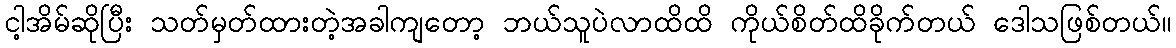
ငါ့အိမ်ဆိုပြီး သတ်မှတ်ထားတဲ့အခါကျတော့ ဘယ်သူပဲလာထိထိ ကိုယ်စိတ်ထိခိုက်တယ် ဒေါသဖြစ်တယ်။